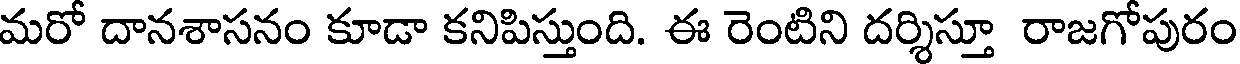
మరో దానశాసనం కూడా కనిపిస్తుంది. ఈ రెంటిని దర్శిస్తూ రాజగోపురం